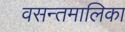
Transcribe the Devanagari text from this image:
वसन्तमालिका